Scottish Certificate of Education, 1963
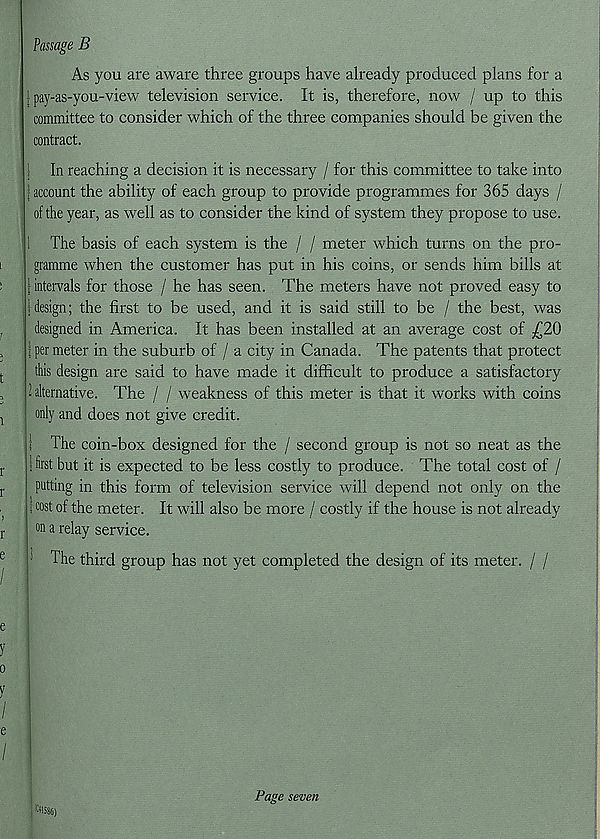
Passage B
As you are aware three groups have already produced plans for a
| pay-as-you-view television service. It is, therefore, now / up to this
committee to consider which of the three companies should be given the
contract.
| In reaching a decision it is necessary / for this committee to take into
| account the ability of each group to provide programmes for 365 days /
of the year, as well as to consider the kind of system they propose to use.
1 The basis of each system is the / / meter which turns on the pro-
gramme when the customer has put in his coins, or sends him bills at
| intervals for those / he has seen. The meters have not proved easy to
1 design; the first to be used, and it is said still to be / the best, was
designed in America. It has been installed at an average cost of £20
i per meter in the suburb of / a city in Canada. The patents that protect
this design are said to have made it difficult to produce a satisfactory
l alternative. The / / weakness of this meter is that it works with coins
only and does not give credit.
I The coin-box designed for the / second group is not so neat as the
i first but it is expected to be less costly to produce. The total cost of /
putting in this form of television service will depend not only on the
t cost of the meter. It will also be more / costly if the house is not already
on a relay service.
' The third group has not yet completed the design of its meter. / /
l £ «S86)
Page seven